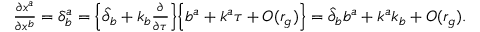
\begin{array} { r } { \frac { \partial x ^ { a } } { \partial x ^ { b } } = \delta _ { b } ^ { a } = \Big \{ { \hat { \partial } } _ { b } + k _ { b } \frac { \partial } { \partial \tau } \Big \} \Big \{ b ^ { a } + k ^ { a } \tau + { \cal O } ( r _ { g } ) \Big \} = \hat { \partial } _ { b } b ^ { a } + k ^ { a } k _ { b } + { \cal O } ( r _ { g } ) . } \end{array}